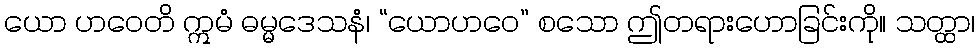
ယော ဟဝေတိ ဣမံ ဓမ္မဒေသနံ၊ “ယောဟဝေ” စသော ဤတရားဟောခြင်းကို။ သတ္ထာ၊